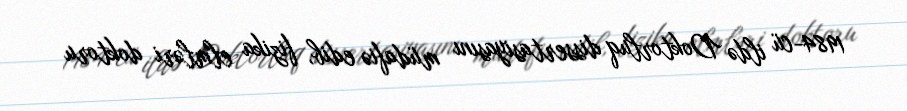
1984-cü ildə Doktorluq dissertasiyasını müdafiə edib, fizika elmləri doktoru